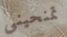
تمنحيني